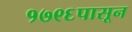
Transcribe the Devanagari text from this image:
१७९६पासून